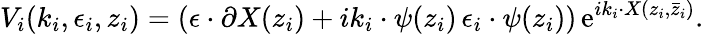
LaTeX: V_{i}(k_{i},\epsilon_{i},z_{i})=(\epsilon\cdot\partial X(z_{i})+ik_{i}\cdot\psi(z_{i})\, \epsilon_{i}\cdot\psi(z_{i}))\, \mathrm{e}^{ik_{i}\cdot X(z_{i},\bar{z}_{i})}.